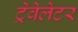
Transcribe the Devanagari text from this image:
ट्रेवेलेटर